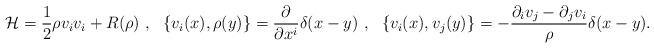
\begin{align*}{\cal H}={1\over 2}\rho v_iv_i +R(\rho )~,~~\{v_i(x),\rho (y)\}={{\partial } \over {\partial x^i}}\delta (x-y)~,~~\{v_i(x),v_j(y)\}= -{{\partial _iv_j-\partial _jv_i}\over {\rho }}\delta (x-y). \end{align*}